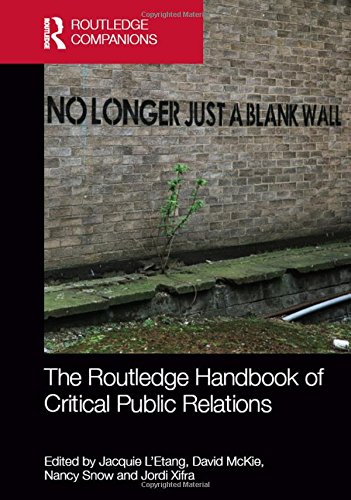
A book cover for The Routledge Handbook of Critical Public Relations (Routledge Companions in Business, Management and Accounting); Business & Money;